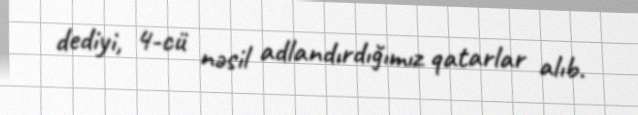
dediyi, 4-cü nəsil adlandırdığımız qatarlar alıb.